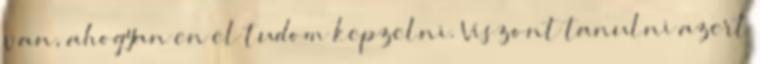
van, ahogyan en el tudom kepzelni. Viszont tanulni azert